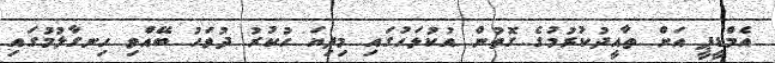
އެމްޑީޕީ އަށް ތާއީދުކުރުމުގެ ގޮތުން އުކުޅަހުގައި މިދިޔަ ހުކުރު ދުވަހު ބޭއްވި ހިނގާލުމުގައި